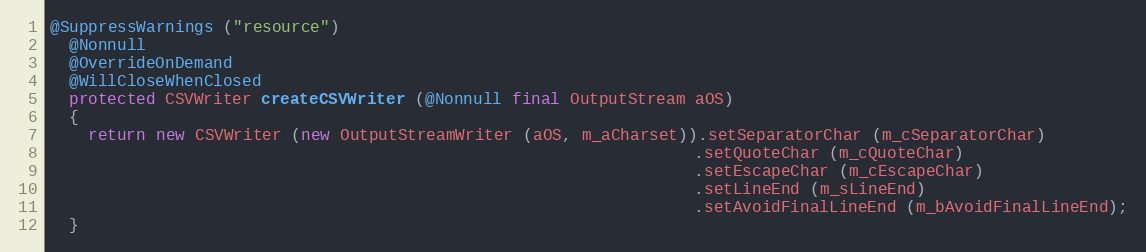
Language: Java
@SuppressWarnings ("resource")
  @Nonnull
  @OverrideOnDemand
  @WillCloseWhenClosed
  protected CSVWriter createCSVWriter (@Nonnull final OutputStream aOS)
  {
    return new CSVWriter (new OutputStreamWriter (aOS, m_aCharset)).setSeparatorChar (m_cSeparatorChar)
                                                                   .setQuoteChar (m_cQuoteChar)
                                                                   .setEscapeChar (m_cEscapeChar)
                                                                   .setLineEnd (m_sLineEnd)
                                                                   .setAvoidFinalLineEnd (m_bAvoidFinalLineEnd);
  }